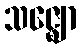
သဇ္ဈော